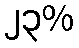
၂၃%